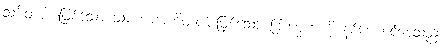
သမိတပါပဖြစ်သော သမဏဗာဟိတပါပဖြစ်သော ဗြာဟ္မဏကို နစ်စေ စင်စေသည်။